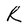
Character: R